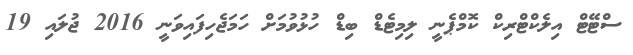
ސްޓޭޓް އިލެކްޓްރިކް ކޮމްޕެނީ ލިމިޓެޑް ބިޑް ހުޅުވުމަށް ހަމަޖެހިފައިވަނީ 2016 ޖުލައި 19